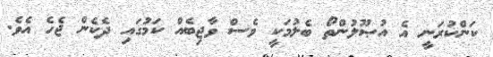
ކަންކުރަނީ އެ އުޞޫލުންތޯ ބެލުމަކީ ވެސް ވާޖިބެއް ކަމުގައި ދެކެން ޖެހެ އެވެ.